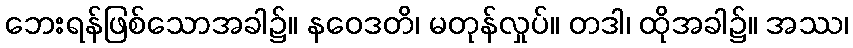
ဘေးရန်ဖြစ်သောအခါ၌။ နဝေဒတိ၊ မတုန်လှုပ်။ တဒါ၊ ထိုအခါ၌။ အဿ၊